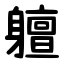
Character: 䡀